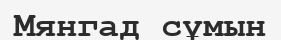
Мянгад сұмын